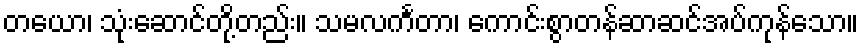
တယော၊ သုံးဆောင်တို့တည်း။ သမလင်္ကတာ၊ ကောင်းစွာတန်ဆာဆင်အပ်ကုန်သော။